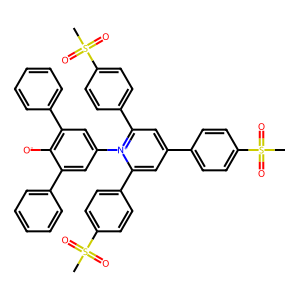
SMILES: CS(=O)(=O)c1ccc(-c2cc(-c3ccc(S(C)(=O)=O)cc3)[n+](-c3cc(-c4ccccc4)c([O-])c(-c4ccccc4)c3)c(-c3ccc(S(C)(=O)=O)cc3)c2)cc1
Inhibits HIV replication: No